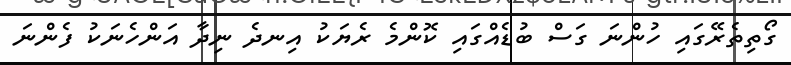
ގޯތިތެރޭގައި ހުންނަ ގަސް ބުޑެއްގައި ކޮންމެ ރެޔަކު އިނދެ ނިދާ އަންހެނަކު ފެންނަ